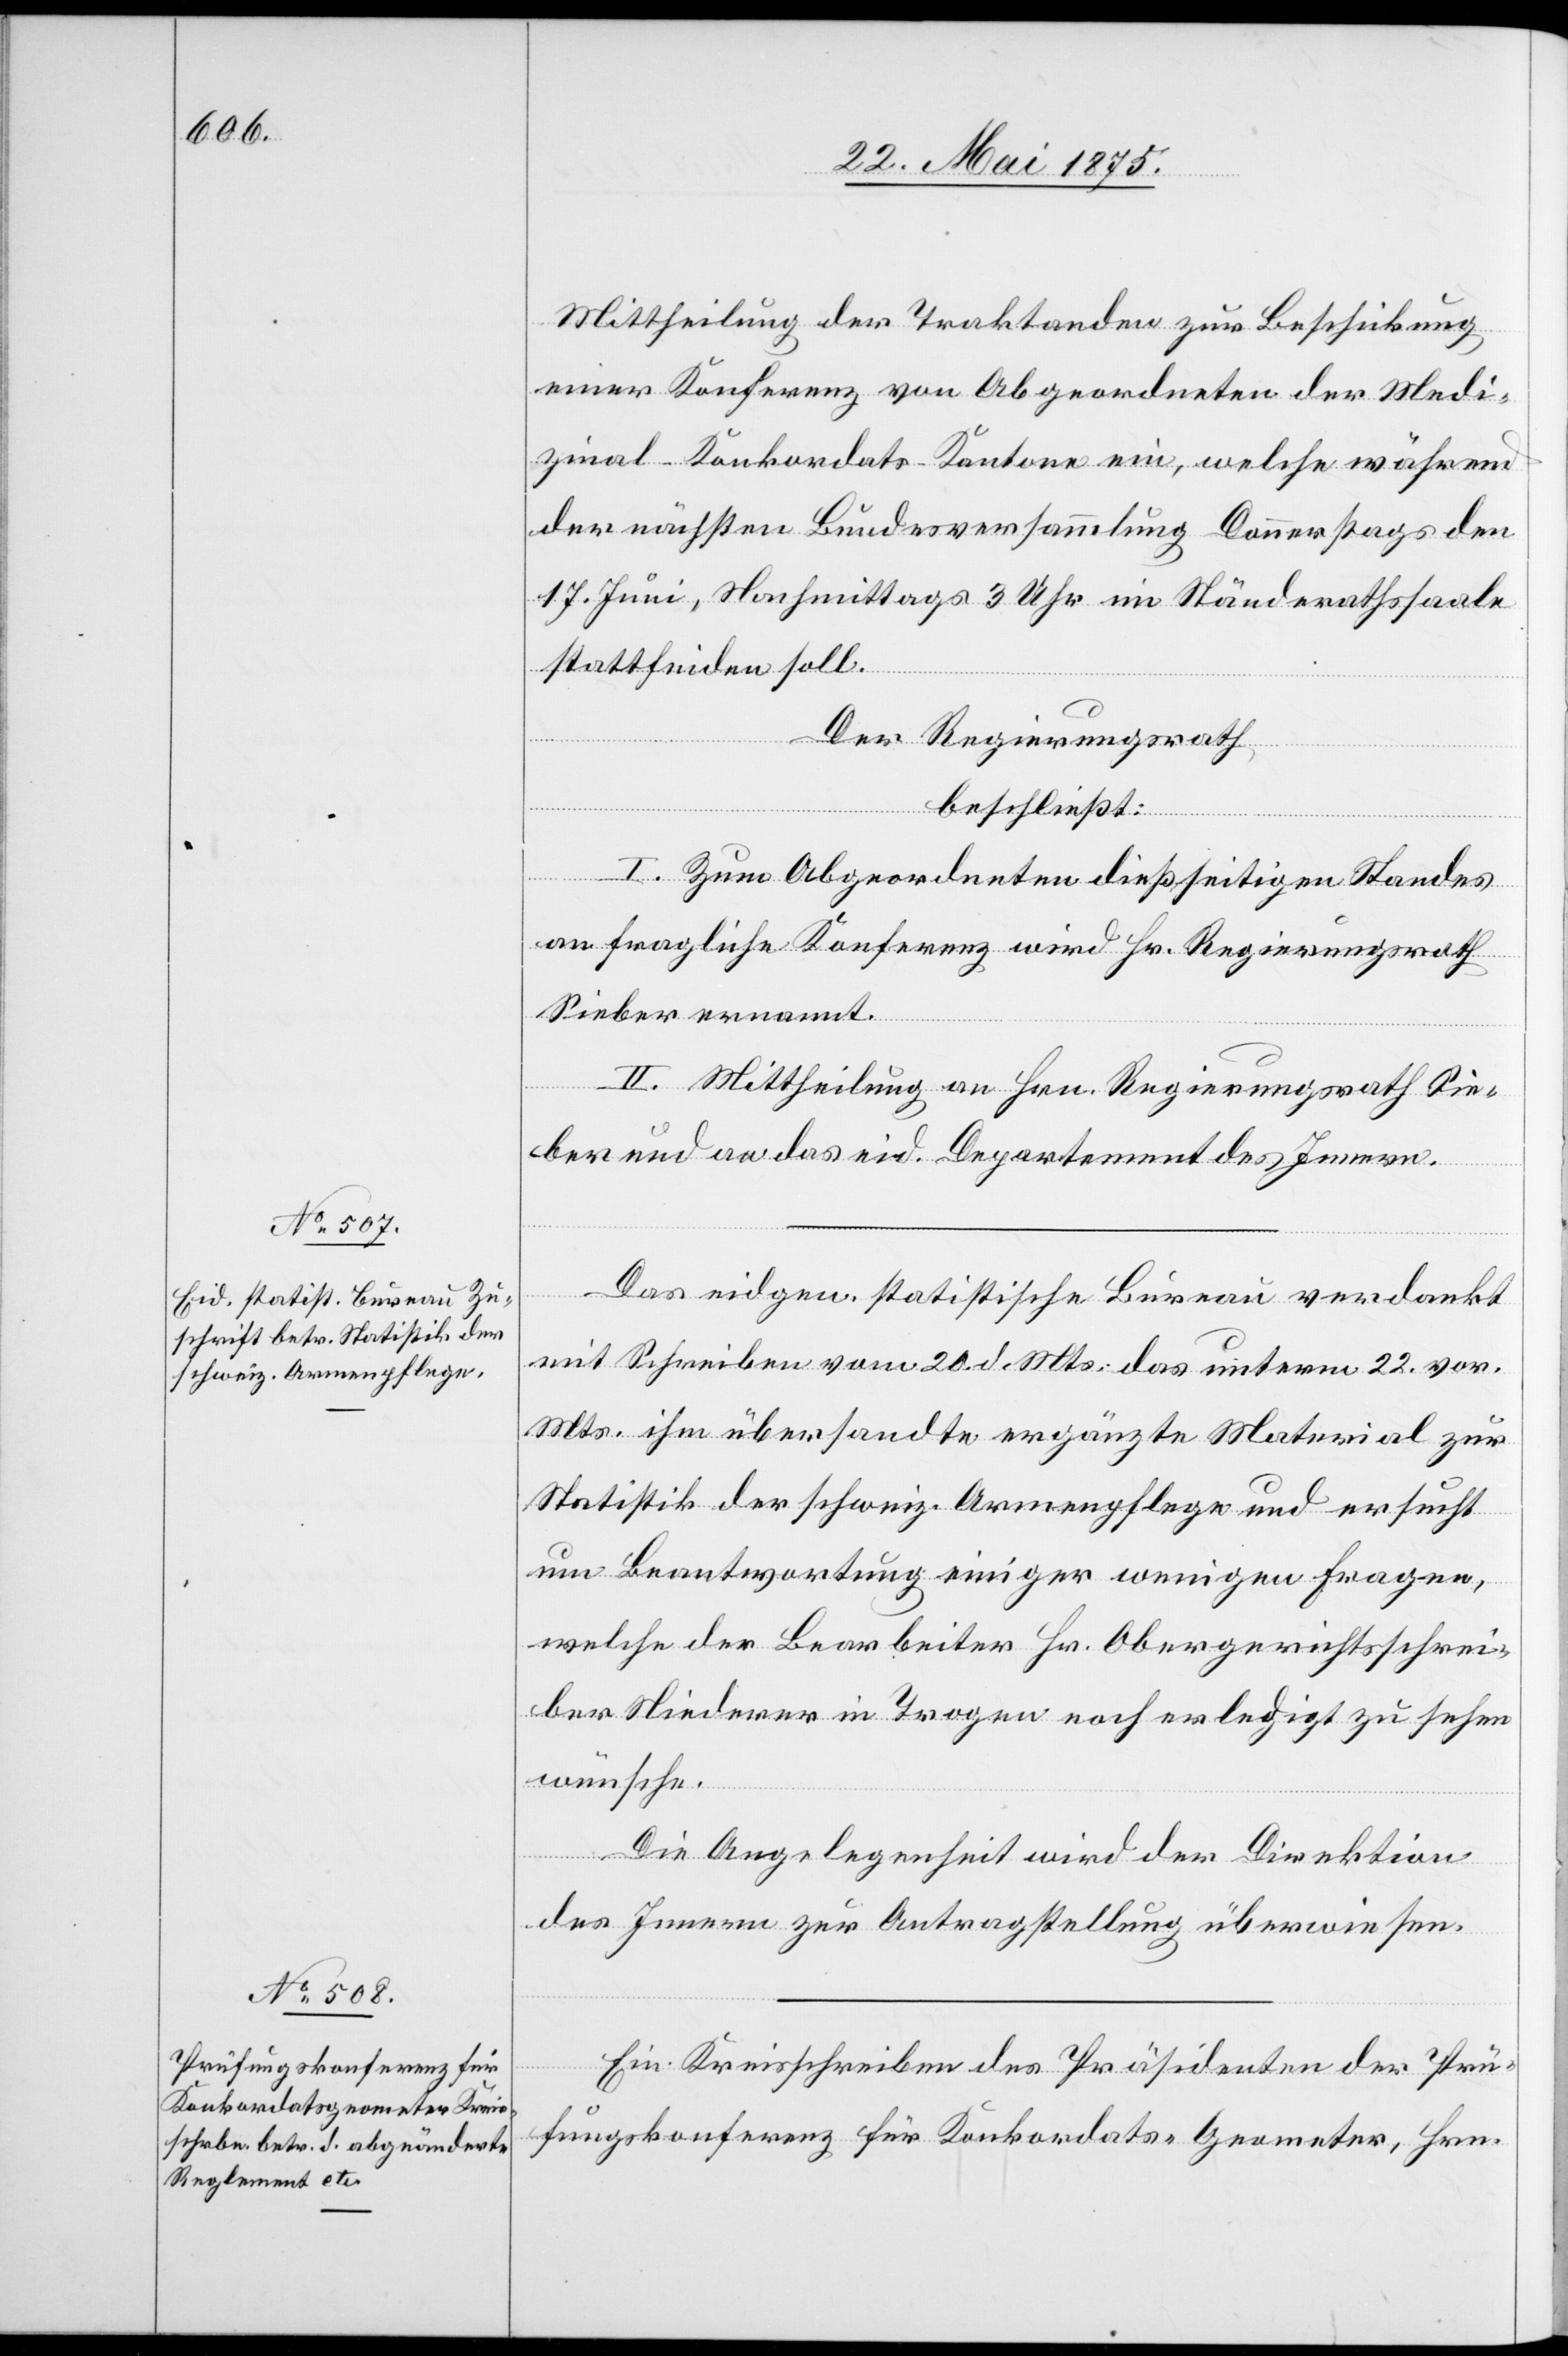
Mittheilung der Traktanden zur Beschickung
einer Konferenz von Abgeordneten der Medi¬
zinal-Konkordats-Kantone ein, welche während
der nächsten Bundesversammlung Donnerstags den
17. Juni, Nachmittags 3 Uhr im Ständerathssaale
stattfinden soll.
Der Regierungsrath,
beschließt:
I. Zum Abgeordneten dießseitigen Standes
an fragliche Konferenz wird Hr. Regierungsrath
Sieber ernannt.
II. Mittheilung an Hrn. Regierungsrath Sie¬
ber und an das eid. Departement des Innern.
Das eidgen. statistische Bureau verdankt
mit Schreiben vom 20. d. Mts. das unterm 22. vor.
Mts. ihm übersandte ergänzte Material zur
Statistik der schweiz. Armenpflege und ersucht
um Beantwortung einiger weniger Fragen,
welche der Bearbeiter Hr. Obergerichtsschrei¬
ber Niederer in Trogen noch erledigt zu sehen
wünsche.
Die Angelegenheit wird der Direktion
des Innern zur Antragstellung überwiesen.
Ein Kreisschreiben des Präsidenten der Prü¬
fungskonferenz für Konkordats-Geometer, Hrn.